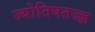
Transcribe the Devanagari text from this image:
ज्योतिषतज्ज्ञ